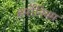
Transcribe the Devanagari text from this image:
हर्मोनियम